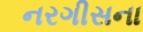
નરગીસના